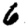
Digit: 6